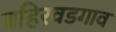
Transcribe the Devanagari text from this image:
बहिरवडगाव